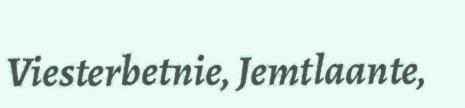
Viesterbetnie, Jemtlaante,